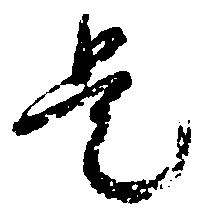
是